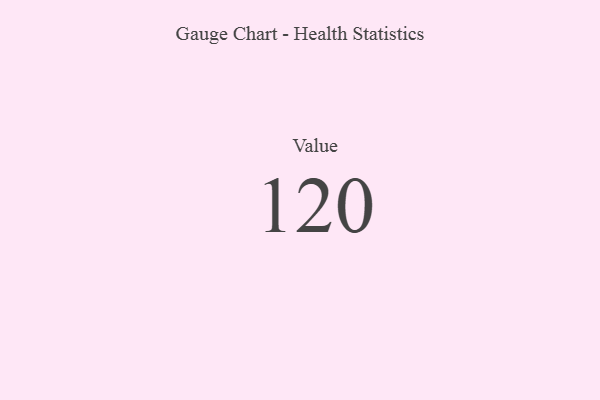
{"axis": {"x": "Metric", "y": "Value"}, "legend": [""], "data": [{"x": "Value", "y": 120, "type": ""}]}